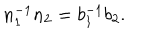
n _ { 1 } ^ { - 1 } n _ { 2 } = b _ { 1 } ^ { - 1 } b _ { 2 } .